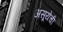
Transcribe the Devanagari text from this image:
असूयेची